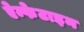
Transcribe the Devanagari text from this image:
ऐम्फेटाइन